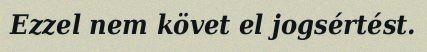
Ezzel nem követ el jogsértést.